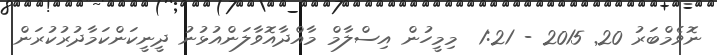
ނޮވެމްބަރު 20